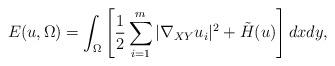
LaTeX: \begin{align*} E(u, \Omega)=\int_{\Omega} \left[\frac{1}{2} \sum_{i=1}^m |\nabla_{XY} u_i|^2 + \tilde H(u)\right]dxdy , \end{align*}